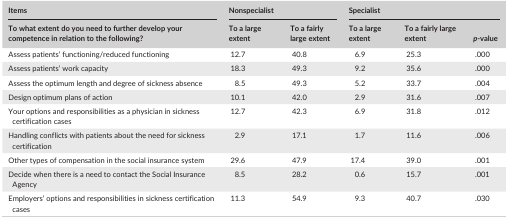
<table><thead><tr><td><b>Items</b></td><td colspan="2"><b>Nonspecialist</b></td><td colspan="3"><b>Specialist</b></td></tr><tr><td><b>To what extent do you need to further develop your competence in relation to the following?</b></td><td><b>To a large extent</b></td><td><b>To a fairly large extent</b></td><td><b>To a large extent</b></td><td><b>To a fairly large extent</b></td><td><b><i>p</i>‐value</b></td></tr></thead><tbody><tr><td>Assess patients&#x27; functioning/reduced functioning</td><td>12.7</td><td>40.8</td><td>6.9</td><td>25.3</td><td>.000</td></tr><tr><td>Assess patients&#x27; work capacity</td><td>18.3</td><td>49.3</td><td>9.2</td><td>35.6</td><td>.000</td></tr><tr><td>Assess the optimum length and degree of sickness absence</td><td>8.5</td><td>49.3</td><td>5.2</td><td>33.7</td><td>.004</td></tr><tr><td>Design optimum plans of action</td><td>10.1</td><td>42.0</td><td>2.9</td><td>31.6</td><td>.007</td></tr><tr><td>Your options and responsibilities as a physician in sickness certification cases</td><td>12.7</td><td>42.3</td><td>6.9</td><td>31.8</td><td>.012</td></tr><tr><td>Handling conflicts with patients about the need for sickness certification</td><td>2.9</td><td>17.1</td><td>1.7</td><td>11.6</td><td>.006</td></tr><tr><td>Other types of compensation in the social insurance system</td><td>29.6</td><td>47.9</td><td>17.4</td><td>39.0</td><td>.001</td></tr><tr><td>Decide when there is a need to contact the Social Insurance Agency</td><td>8.5</td><td>28.2</td><td>0.6</td><td>15.7</td><td>.001</td></tr><tr><td>Employers&#x27; options and responsibilities in sickness certification cases</td><td>11.3</td><td>54.9</td><td>9.3</td><td>40.7</td><td>.030</td></tr></tbody></table>